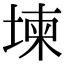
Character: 堜